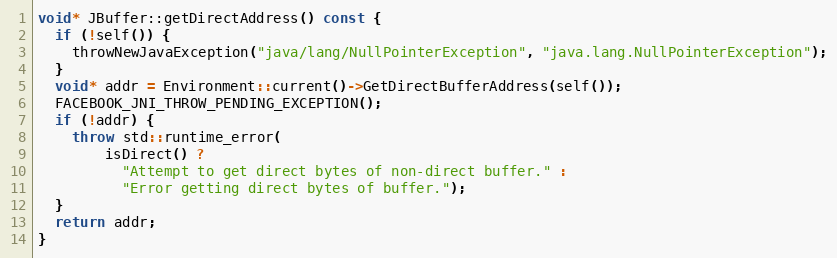
Language: C++
void* JBuffer::getDirectAddress() const {
  if (!self()) {
    throwNewJavaException("java/lang/NullPointerException", "java.lang.NullPointerException");
  }
  void* addr = Environment::current()->GetDirectBufferAddress(self());
  FACEBOOK_JNI_THROW_PENDING_EXCEPTION();
  if (!addr) {
    throw std::runtime_error(
        isDirect() ?
          "Attempt to get direct bytes of non-direct buffer." :
          "Error getting direct bytes of buffer.");
  }
  return addr;
}